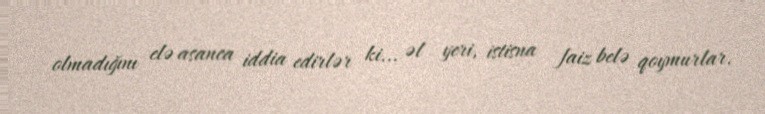
olmadığını elə asanca iddia edirlər ki... əl yeri, istisna faiz belə qoymurlar.